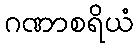
ဂဏာစရိယံ